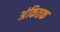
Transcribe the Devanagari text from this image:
अंकितक